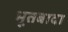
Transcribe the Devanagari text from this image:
भूतबादा